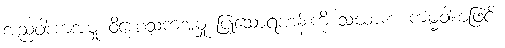
အညဝါဒကအမှု ဝိဟေသကအမှု ပြုသောရဟန်းကို သံဃာက ကမ္မဝါစာဖြင့်